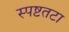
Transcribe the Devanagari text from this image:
स्पष्टतटा